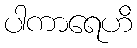
ပါကာရေဟိ